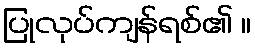
ပြုလုပ်ကျန်ရစ်၏ ။